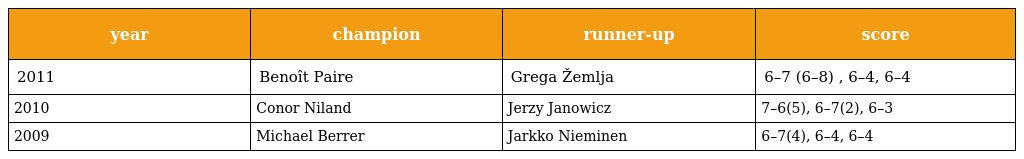
| year | champion | runner-up | score |
 | --- | --- | --- | --- |
 | 2011 | Benoît Paire | Grega Žemlja | 6–7 (6–8) , 6–4, 6–4 |
 | 2010 | Conor Niland | Jerzy Janowicz | 7–6(5), 6–7(2), 6–3 |
 | 2009 | Michael Berrer | Jarkko Nieminen | 6–7(4), 6–4, 6–4 |